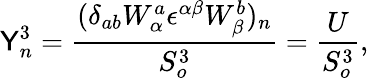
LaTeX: \mathsf{Y}_{n}^{3}=\frac{{(\delta_{ab}W_{\alpha}^{a}{\epsilon}^{\alpha\beta}W_{\beta}^{b})_{n}}}{{S_{o}^{3}}}=\frac{{U}}{{S_{o}^{3}}},